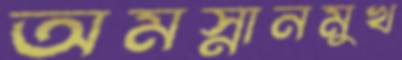
অমস্নানমুখ